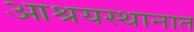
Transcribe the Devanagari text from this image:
आश्रयस्थानात